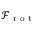
\mathcal { F } _ { \mathrm { ~ r ~ o ~ t ~ } }